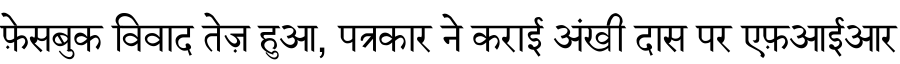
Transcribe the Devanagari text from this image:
फ़ेसबुक विवाद तेज़ हुआ, पत्रकार ने कराई अंखी दास पर एफ़आईआर